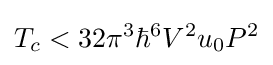
T_{c}<32\pi ^{3}\hbar ^{6}V^{2}u_{0}P^{2}